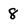
Character: 8